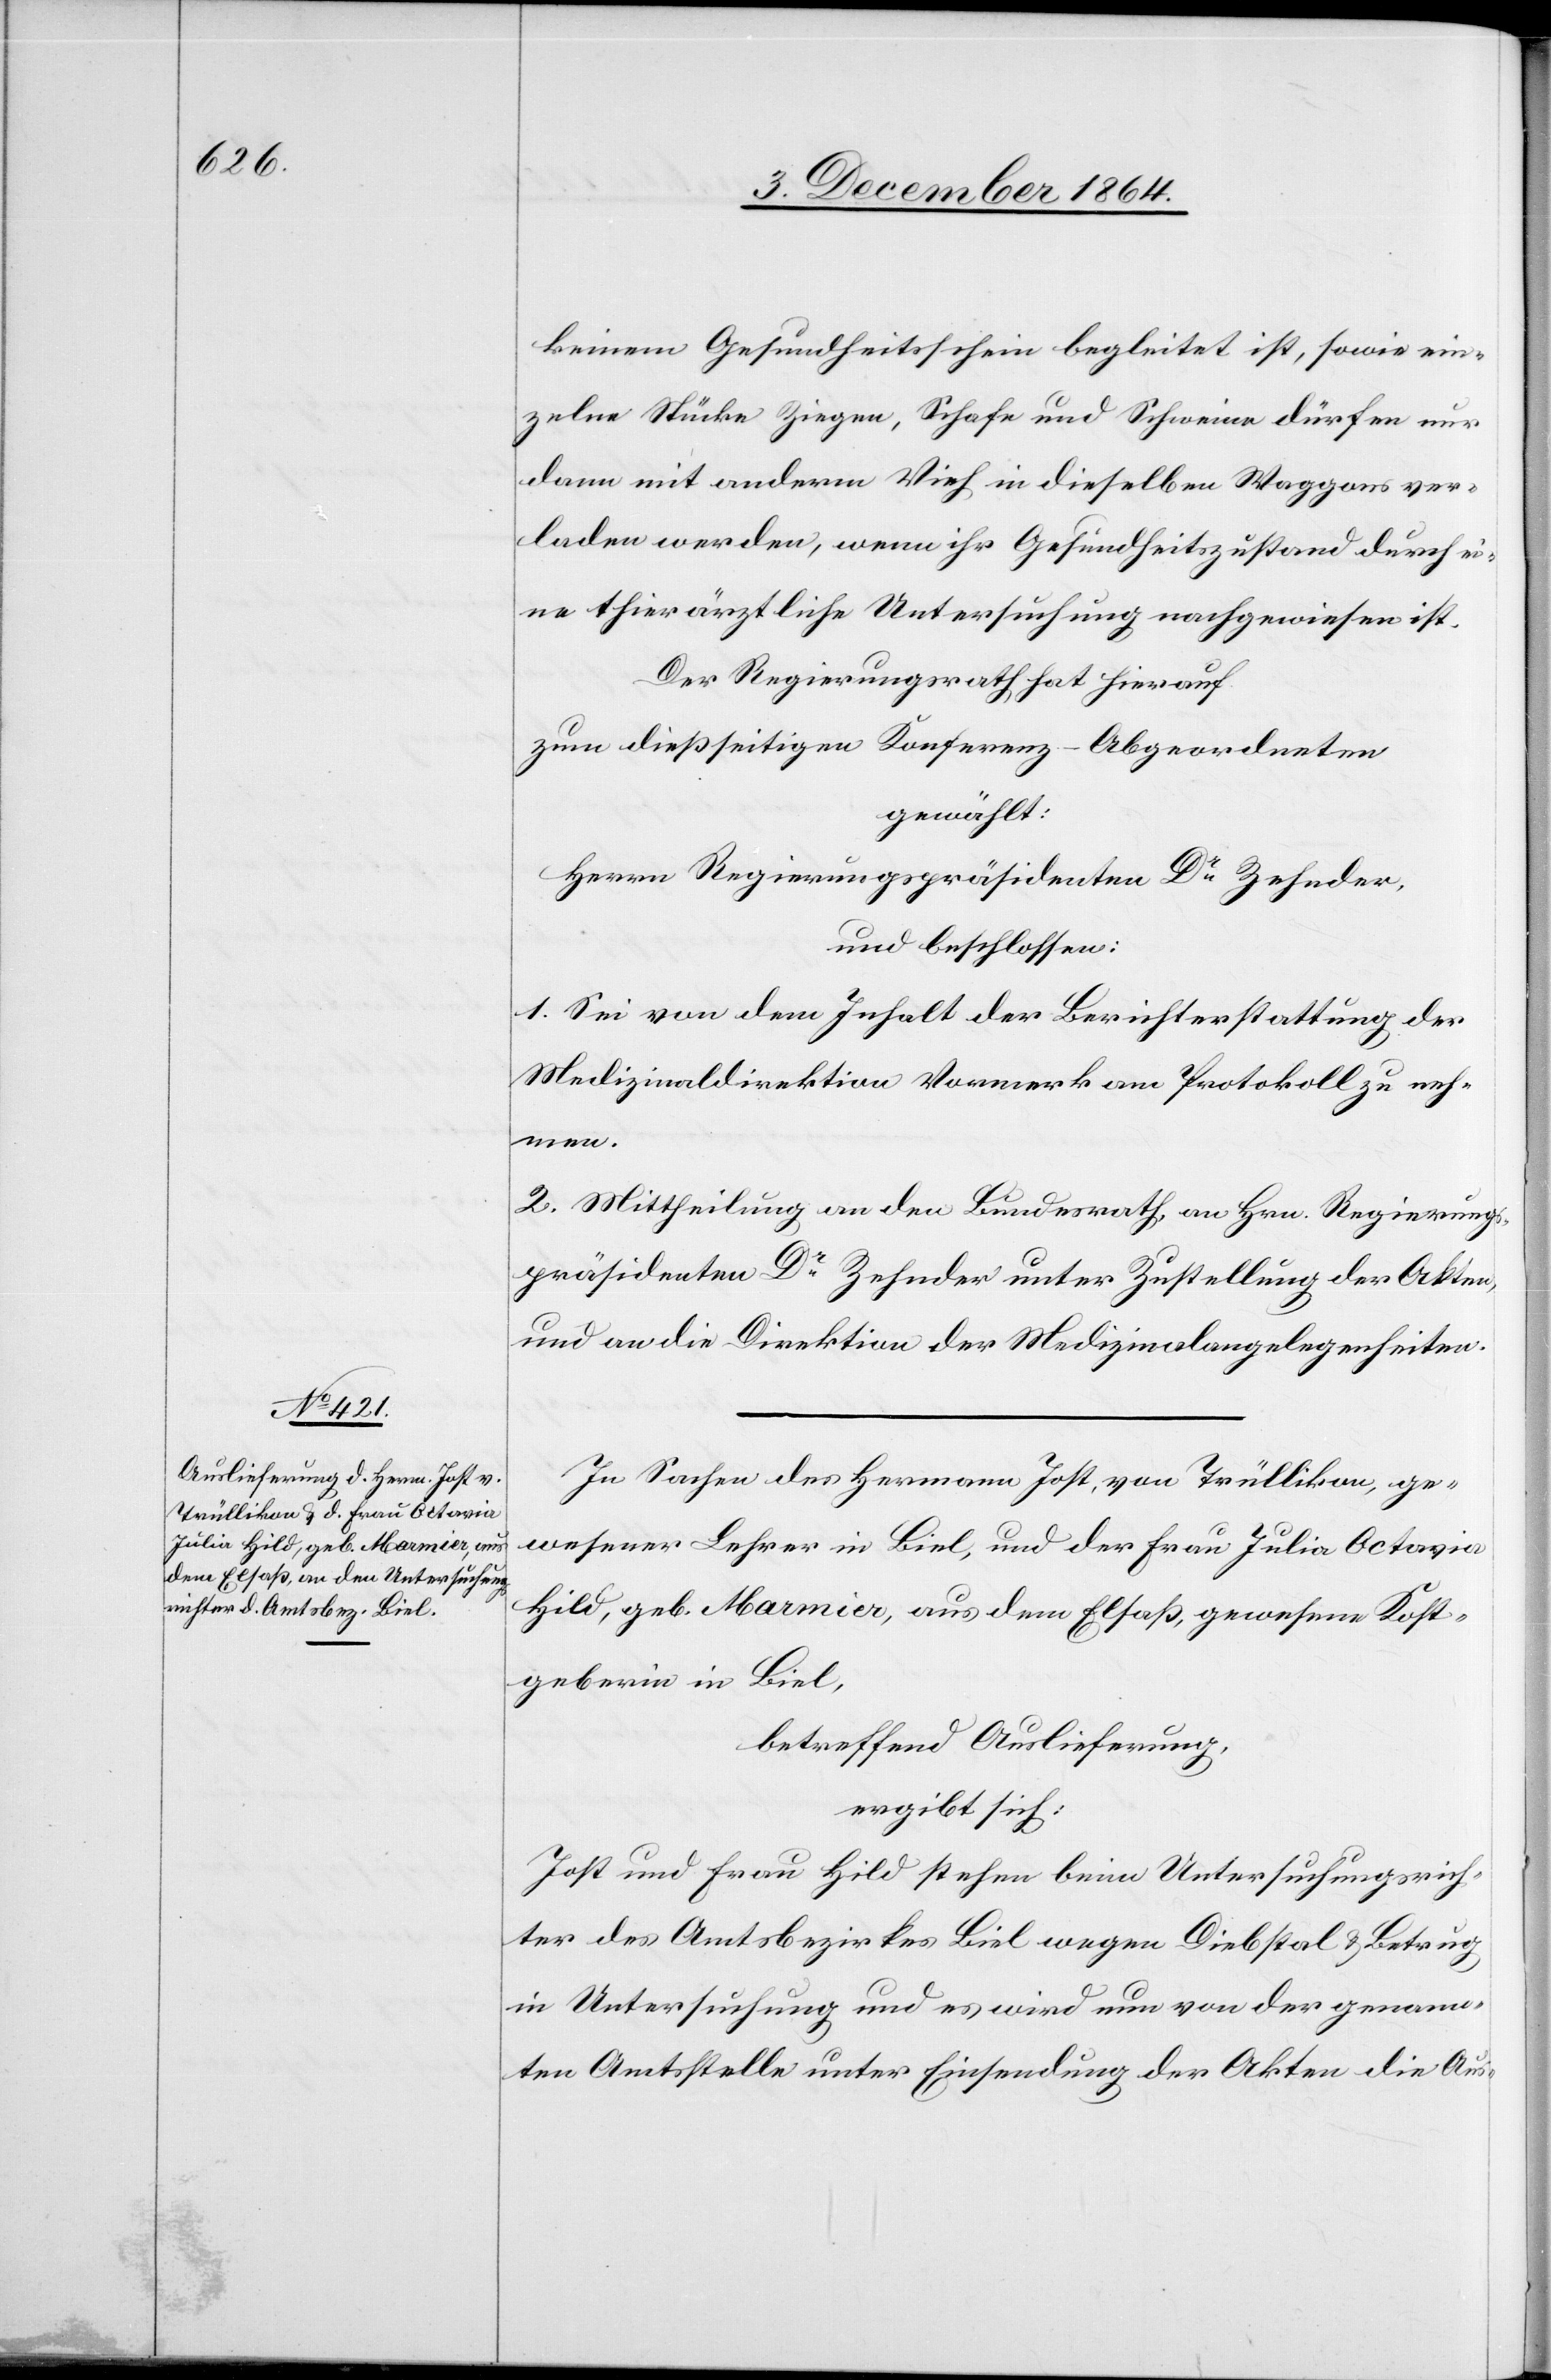
keinem Gesundheitsschein begleitet ist, sowie ein¬
zelne Stücke Ziegen, Schafe und Schweine dürfen nur
dann mit anderm Vieh in dieselben Waggons ver¬
laden werden, wenn ihr Gesundheitszustand durch ei¬
ne thierärztliche Untersuchung nachgewiesen ist.“
Der Regierungsrath hat hierauf
zum dießseitigen Konferenz-Abgeordneten
gewählt:
Herrn Regierungspräsident Dr Zehnder,
und beschlossen:
1. Sei von dem Inhalt der Berichterstattung der
Medizinaldirektion Vormerk am Protokoll zu neh¬
men.
2. Mittheilung an den Bundesrath, an Hrn. Regierungs¬
präsidenten Dr Zehnder unter Zustellung der Akten
und an die Direktion der Medizinalangelegenheiten.
In Sachen des Hermann Jost, von Trüllikon, ge¬
wesener Lehrer in Biel, und der Frau Julia Octavia
[sic!], geb. Marmier, aus dem Elsaß, gewesene Kost¬
geberin in Biel,
betreffend Auslieferung,
ergibt sich:
Jost und Frau Hild stehen beim Untersuchungsrich¬
ter des Amtsbezirkes Biel wegen Diebstal & Betrug
in Untersuchung und es wird nun von der genann¬
ten Amtsstelle unter Einsendung der Akten die Aus-